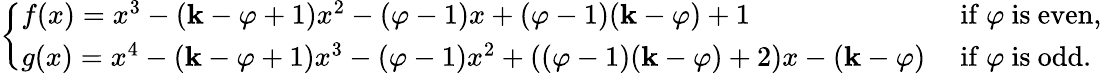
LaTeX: \left\{ \begin{array}{ll}{f(x)=x^{3}-(\textbf{k}-\varphi+1)x^{2}-(\varphi-1)x+(\varphi-1)(\textbf{k}-\varphi)+1}&{\mathrm{~if~}\varphi\mathrm{~is~even,}}\\ {g(x)=x^{4}-(\textbf{k}-\varphi+1)x^{3}-(\varphi-1)x^{2}+((\varphi-1)(\textbf{k}-\varphi)+2)x-(\textbf{k}-\varphi)}&{\mathrm{~if~}\varphi\mathrm{~is~odd}.}\end{array}\right.